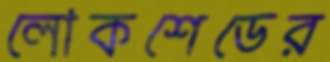
লোকশেডের